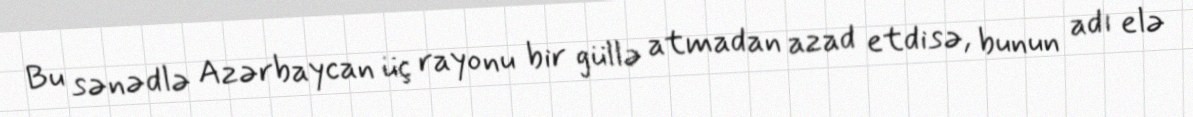
Bu sənədlə Azərbaycan üç rayonu bir güllə atmadan azad etdisə, bunun adı elə